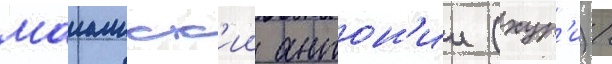
маиамск'ии антон'ии (хур'и) /